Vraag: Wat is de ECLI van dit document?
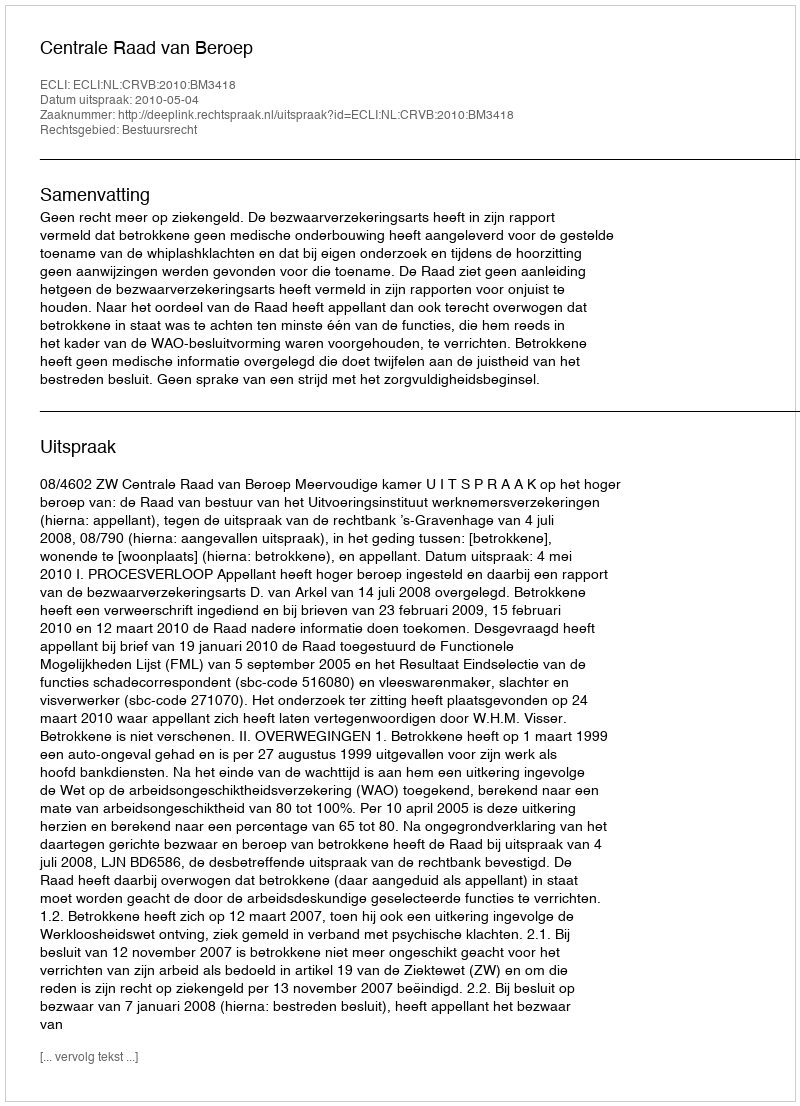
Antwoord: ECLI:NL:CRVB:2010:BM3418